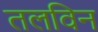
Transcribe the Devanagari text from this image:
तलविन